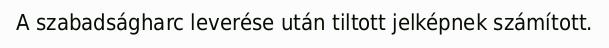
A szabadságharc leverése után tiltott jelképnek számított.